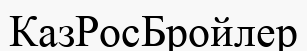
КазРосБройлер